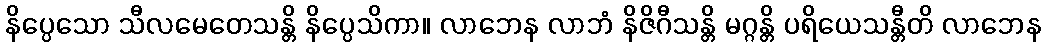
နိပ္ပေသော သီလမေတေသန္တိ နိပ္ပေသိကာ။ လာဘေန လာဘံ နိဇိဂီသန္တိ မဂ္ဂန္တိ ပရိယေသန္တီတိ လာဘေန